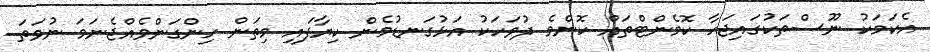
އެކަމަކު ނޫސްތަކުގައިޖަހާ ކޮމެންޓްތައް ކޮންމެ ދުވަހަކު އަޅުގަނޑުމެން ކިޔާފައި މިތަން ހިންގަންވެއްޖެނަމަ ނުވަތަ